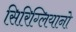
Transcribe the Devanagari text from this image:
सिरिग्लियानो